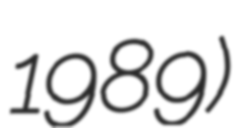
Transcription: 1989)